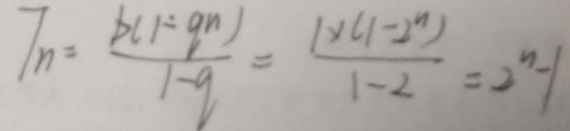
T _ { n } = \frac { b ( 1 - q ^ { n } ) } { 1 - q } = \frac { 1 \times ( 1 - 2 ^ { n } ) } { 1 - 2 } = 2 ^ { n } - 1